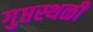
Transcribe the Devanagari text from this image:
गुप्तस्थळी